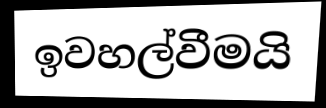
ඉවහල්වීමයි